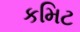
કમિટ